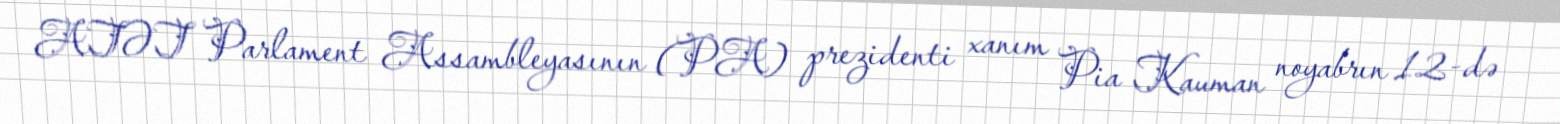
ATƏT Parlament Assambleyasının (PA) prezidenti xanım Pia Kauman noyabrın 12-də